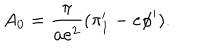
LaTeX: A _ { 0 } = { \frac { \pi } { a e ^ { 2 } } } ( \pi _ { 1 } ^ { \prime } - e \phi ^ { \prime } ) .